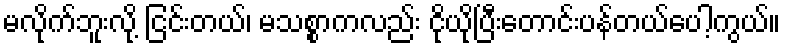
မလိုက်ဘူးလို့ ငြင်းတယ်၊ မသစ္စာကလည်း ငိုယိုပြီးတောင်းပန်တယ်ပေါ့ကွယ်။